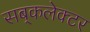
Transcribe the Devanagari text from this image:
सब्‌कलेक्टर